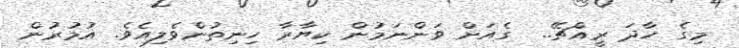
މިގެ ހާދަ ރީއްޗޭ..  ގެއަށް ވަންނަމުން ކިޔާރާ ހިނިތުންވެލިއެވެ. އުމުރުން